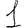
Digit: 1